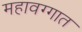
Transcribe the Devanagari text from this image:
महावग्गात